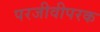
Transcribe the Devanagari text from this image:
परजीवीपरक